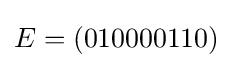
E=(010000110)